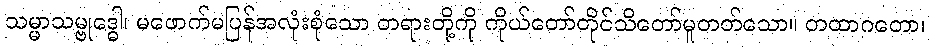
သမ္မာသမ္ဗုဒ္ဓေါ၊ မဖောက်မပြန်အလုံးစုံသော တရားတို့ကို ကိုယ်တော်တိုင်သိတော်မူတတ်သော။ တထာဂတော၊